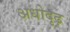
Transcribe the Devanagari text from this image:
अधोदृढ़